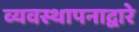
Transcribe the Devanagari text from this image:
व्यवस्थापनाद्वारे